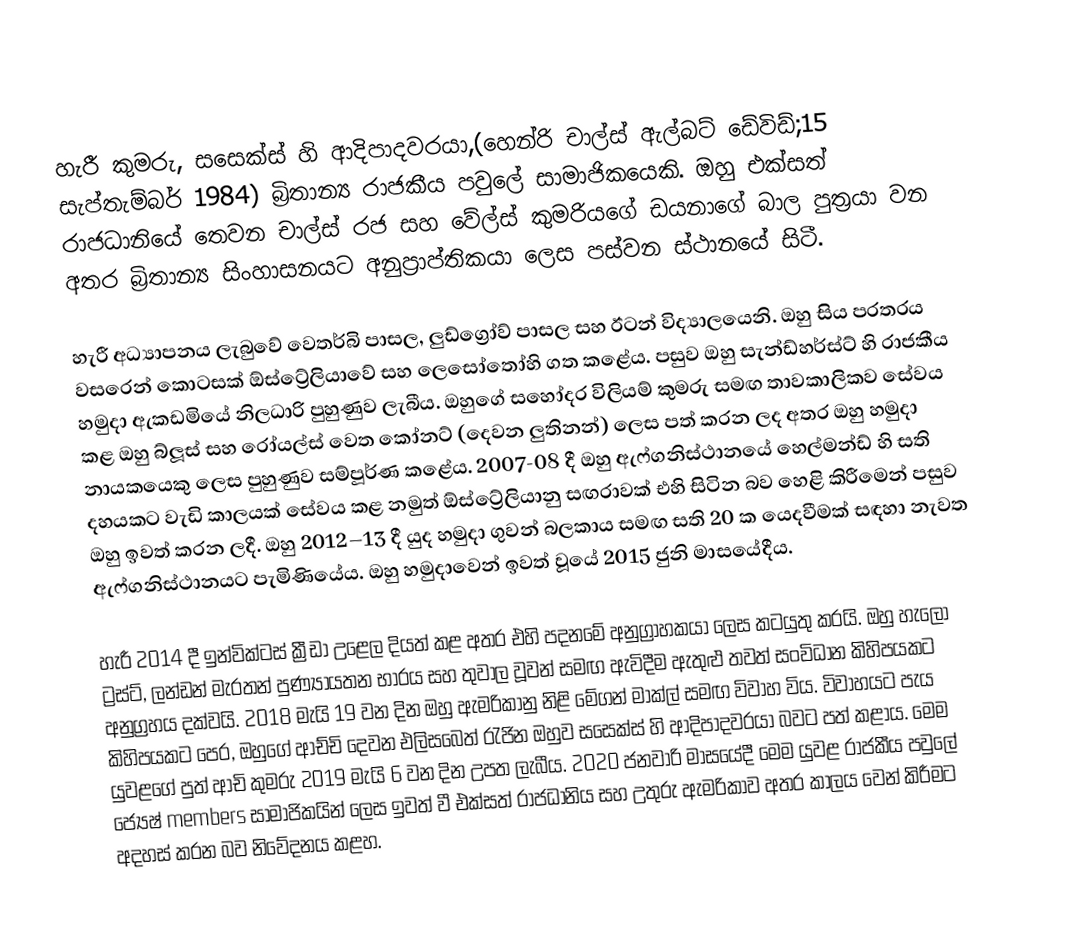
හැරී කුමරු, සසෙක්ස් හි ආදිපාදවරයා,(හෙන්රි චාල්ස් ඇල්බට් ඩේවිඩ්;15 සැප්තැම්බර් 1984)  බ්‍රිතාන්‍ය රාජකීය පවුලේ සාමාජිකයෙකි. ඔහු එක්සත් රාජධානියේ තෙවන චාල්ස් රජ සහ වේල්ස් කුමරියගේ ඩයනාගේ බාල පුත්‍රයා වන අතර බ්‍රිතාන්‍ය සිංහාසනයට අනුප්‍රාප්තිකයා ලෙස පස්වන  ස්ථානයේ සිටී.

හැරී අධ්‍යාපනය ලැබුවේ වෙතර්බි පාසල, ලුඩ්ග්‍රෝව් පාසල සහ ඊටන් විද්‍යාලයෙනි. ඔහු සිය පරතරය වසරෙන් කොටසක් ඕස්ට්‍රේලියාවේ සහ ලෙසෝතෝහි ගත කළේය. පසුව ඔහු සැන්ඩ්හර්ස්ට් හි රාජකීය හමුදා ඇකඩමියේ නිලධාරි පුහුණුව ලැබීය. ඔහුගේ සහෝදර විලියම් කුමරු සමඟ තාවකාලිකව සේවය කළ ඔහු බ්ලූස් සහ රෝයල්ස් වෙත කෝනට් (දෙවන ලුතිනන්) ලෙස පත් කරන ලද අතර ඔහු හමුදා නායකයෙකු ලෙස පුහුණුව සම්පූර්ණ කළේය. 2007-08 දී ඔහු ඇෆ්ගනිස්ථානයේ හෙල්මන්ඩ් හි සති දහයකට වැඩි කාලයක් සේවය කළ නමුත් ඕස්ට්‍රේලියානු සඟරාවක් එහි සිටින බව හෙළි කිරීමෙන් පසුව ඔහු ඉවත් කරන ලදී. ඔහු 2012–13 දී යුද හමුදා ගුවන් බලකාය සමඟ සති 20 ක යෙදවීමක් සඳහා නැවත ඇෆ්ගනිස්ථානයට පැමිණියේය. ඔහු හමුදාවෙන් ඉවත් වූයේ 2015 ජුනි මාසයේදීය.

හැරී 2014 දී ඉන්වික්ටස් ක්‍රීඩා උළෙල දියත් කළ අතර එහි පදනමේ අනුග්‍රාහකයා ලෙස කටයුතු කරයි. ඔහු හැලෝ ට්‍රස්ට්, ලන්ඩන් මැරතන් පුණ්‍යායතන භාරය සහ තුවාල වූවන් සමඟ ඇවිදීම ඇතුළු තවත් සංවිධාන කිහිපයකට අනුග්‍රහය දක්වයි.  2018 මැයි 19 වන දින ඔහු ඇමරිකානු නිළි මේගන් මාක්ල් සමඟ විවාහ විය. විවාහයට පැය කිහිපයකට පෙර, ඔහුගේ ආච්චි දෙවන එලිසබෙත් රැජින ඔහුව සසෙක්ස් හි ආදිපාදවරයා බවට පත් කළාය. මෙම යුවළගේ පුත් ආචි කුමරු 2019 මැයි 6 වන දින උපත ලැබීය. 2020 ජනවාරි මාසයේදී මෙම යුවළ රාජකීය පවුලේ ජ්‍යෙෂ් members සාමාජිකයින් ලෙස ඉවත් වී එක්සත් රාජධානිය සහ උතුරු ඇමරිකාව අතර කාලය වෙන් කිරීමට අදහස් කරන බව නිවේදනය කළහ.